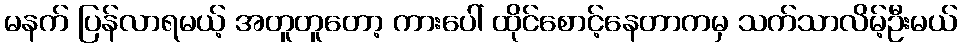
မနက် ပြန်လာရမယ့် အတူတူတော့ ကားပေါ် ထိုင်စောင့်နေတာကမှ သက်သာလိမ့်ဦးမယ်